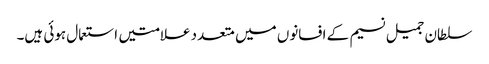
سلطان جمیل نسیم کے افسانوں میں متعدد علامتیں استعمال ہوئی ہیں۔